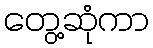
တွေ့ဆုံကာ